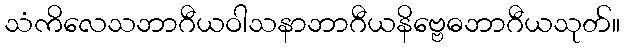
သံကိလေသဘာဂီယဝါသနာဘာဂီယနိဗ္ဗေဓဘာဂီယသုတ်။